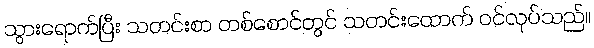
သွားရောက်ပြီး သတင်းစာ တစ်စောင်တွင် သတင်းထောက် ဝင်လုပ်သည်။